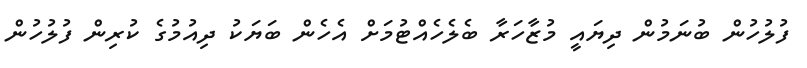
ފުލުހުން ބުނަމުން ދިޔައީ މުޒާހަރާ ބެލެހެއްޓުމަށް އެހެން ބަޔަކު ދިއުމުގެ ކުރިން ފުލުހުން